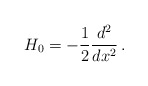
\begin{align*}H_0=-\frac{1}{2}\frac{d^2}{dx^2}\,.\end{align*}